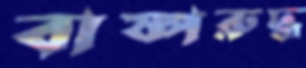
বাষ্পরুদ্ধ